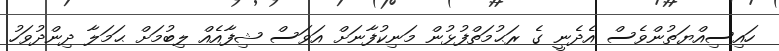
ހައިސިއްޔަތުންވެސް އެދެނީ ގެ ރަޙުމަތްފުޅުން މަނިކުފާނަށް އަވަސް ޝިފާއެއް ލިބުމަށް ޙަމަލާ ދިންދުވަހު